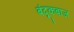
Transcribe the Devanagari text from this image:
बंदूकबाज